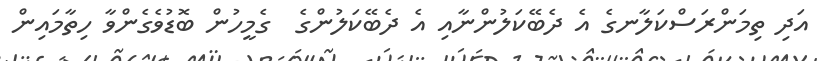
އަދި ތިމަންރަސްކަލާނގެ އެ ދެބޭކަލުންނާއި އެ ދެބޭކަލުންގެ  ގެމީހުން ބޮޑުވެގެންވާ ހިތާމައިން